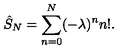
\hat { S } _ { N } = \sum _ { n = 0 } ^ { N } ( - \lambda ) ^ { n } n ! .